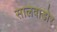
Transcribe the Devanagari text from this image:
सालवाडोर